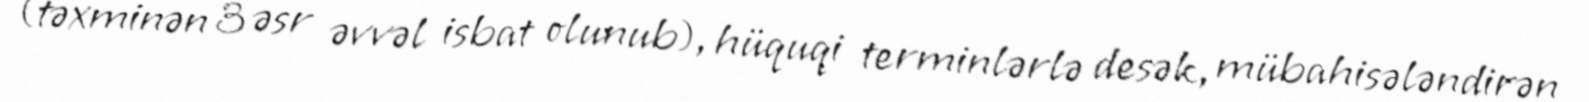
(təxminən 3 əsr əvvəl isbat olunub), hüquqi terminlərlə desək, mübahisələndirən